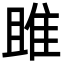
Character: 雎